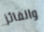
والفائز